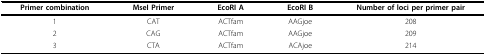
<table><thead><tr><td><b>Primer combination</b></td><td><b>MseI Primer</b></td><td><b>EcoRI A</b></td><td><b>EcoRI B</b></td><td><b>Number of loci per primer pair</b></td></tr></thead><tbody><tr><td>1</td><td>CAT</td><td>ACTfam</td><td>AAGjoe</td><td>208</td></tr><tr><td>2</td><td>CAG</td><td>ACTfam</td><td>AAGjoe</td><td>209</td></tr><tr><td>3</td><td>CTA</td><td>ACTfam</td><td>ACAjoe</td><td>214</td></tr></tbody></table>